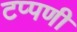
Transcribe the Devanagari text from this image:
टप्पणी